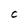
Character: C